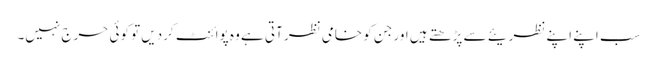
سب اپنے اپنے نظریئے سے پڑھتے ہیں اور جن کو خامی نظر آتی ہے وہ پوائنٹ کردیں تو کوئی حرج نہیں۔